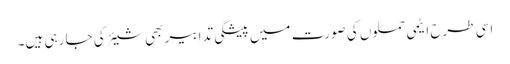
اسی طرح ایٹمی حملوں کی صورت میں پیشگی تدابیر بھی شیئر کی جا رہی ہیں۔